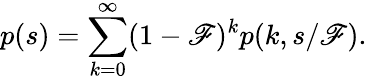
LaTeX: p(s)=\sum_{k=0}^{\infty}(1-\mathscr{F})^{k}p(k,s/\mathscr{F}).